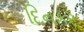
દિનકર